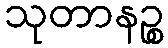
သုတာနဉ္စ